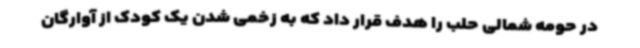
در حومه شمالی حلب را هدف قرار داد که به زخمی شدن یک کودک از آوارگان